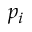
p _ { i }